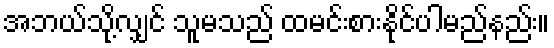
အဘယ်သို့လျှင် သူမသည် ထမင်းစားနိုင်ပါမည်နည်း။